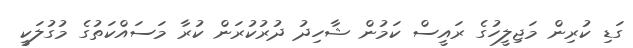
ގަޑި ކުރިން މަޖިލީހުގެ ރައީސް ކަމުން ޝާހިދު ދުރުކުރަން ކުރާ މަސައްކަތުގެ މުގުލަކީ